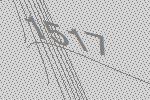
1517